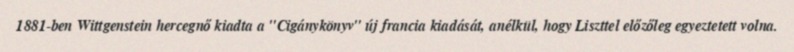
1881-ben Wittgenstein hercegnő kiadta a "Cigánykönyv" új francia kiadását, anélkül, hogy Liszttel előzőleg egyeztetett volna.